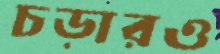
চড়ারও